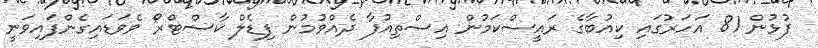
ފުޅުން 81 އަހަރުގައި ކިއުބާގެ ރައީސްކަމުން އިސްތިއުފާ ދެއްވުމުން ފިޑެލް ކާސްޓްރޯ ވެވަޑައިގެންފައިވަނީ